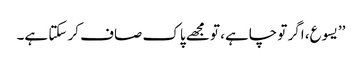
’’یسوع، اگر تو چاہے، تو مجھے پاک صاف کر سکتا ہے۔